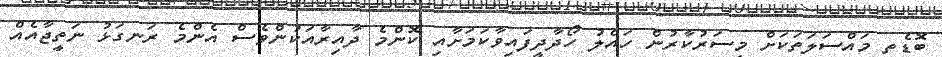
ބޮޑެތި މައްސަލަތަކަށް މިސަރުކާރުން ހައްލު ހޯދާދީފައިވާކަމަށާއި ކޮންމެ ދާއިރާއަކުންވެސް އެންމެ ރަނގަޅު ނަތީޖާއެއް